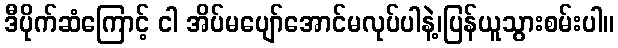
ဒီပိုက်ဆံကြောင့် ငါ အိပ်မပျော်အောင်မလုပ်ပါနဲ့၊ပြန်ယူသွားစမ်းပါ။